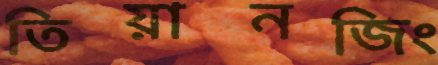
তিয়ানজিং